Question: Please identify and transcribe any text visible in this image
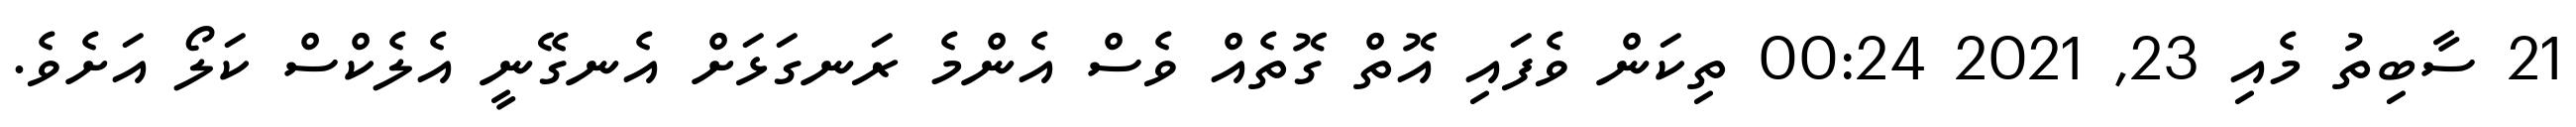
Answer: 21 ސާބިތު މެއި 23, 2021 00:24 ތިކަން ވެފައި އޮތް ގޮތެއް ވެސް އެންމެ ރަނގަޅަށް އެނގޭނީ އެލެކްސް ކަލޯ އަށެވެ.